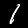
Label: 1